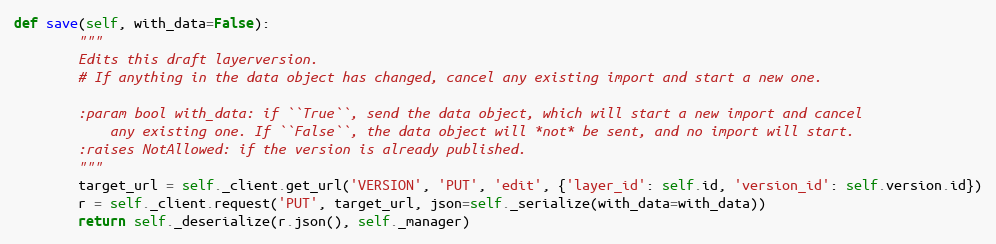
Language: Python
def save(self, with_data=False):
        """
        Edits this draft layerversion.
        # If anything in the data object has changed, cancel any existing import and start a new one.

        :param bool with_data: if ``True``, send the data object, which will start a new import and cancel
            any existing one. If ``False``, the data object will *not* be sent, and no import will start.
        :raises NotAllowed: if the version is already published.
        """
        target_url = self._client.get_url('VERSION', 'PUT', 'edit', {'layer_id': self.id, 'version_id': self.version.id})
        r = self._client.request('PUT', target_url, json=self._serialize(with_data=with_data))
        return self._deserialize(r.json(), self._manager)